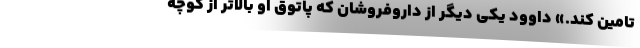
تامین کند.» داوود یکی دیگر از داروفروشان که پاتوق او بالاتر از کوچه